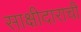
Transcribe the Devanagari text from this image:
साक्षीदाराची